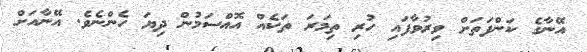
އޭނާގެ ކަންފަތަށް ވިރުވާފައި ހުރި ތިމަރަ ތަކެއް އޮއްސަމުން ދިޔަ ހެންނެވެ. އޭނާއަށް